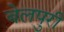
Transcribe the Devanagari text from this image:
बेलपुरी